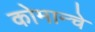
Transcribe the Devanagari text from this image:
कोमान्चे